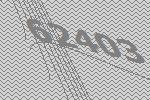
62403